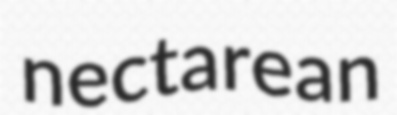
nectarean